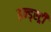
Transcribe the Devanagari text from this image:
इन्ड्स्ट्री